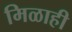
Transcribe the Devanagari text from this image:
मिळाही